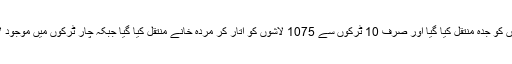
انھوں نے بتایا کہ 14 ٹرکوں کے ذریعے لاشوں کو جدہ منتقل کیا گیا اور صرف 10 ٹرکوں سے 1075 لاشوں کو اتار کر مردہ خانے منتقل کیا گیا جبکہ چار ٹرکوں میں موجود لاشوں کی تعداد میں بارے میں انھیں اندازہ نہیں۔